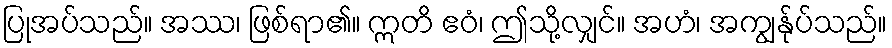
ပြုအပ်သည်။ အဿ၊ ဖြစ်ရာ၏။ ဣတိ ဧဝံ၊ ဤသို့လျှင်။ အဟံ၊ အကျွန်ုပ်သည်။